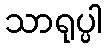
သာရုပ္ပါ